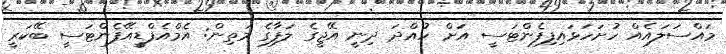
މައްސަލައެއް ހުށަހަޅައިފިފެންޓަސީ އަށް ހުއްދަ ދިނީ އޭޖީގެ ލަފާގެ މަތިން: އެމްއެފްޑީއޭފެންޓަސީ ބޭކަރީ